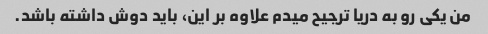
من یکی رو به دریا ترجیح میدم علاوه بر این، باید دوش داشته باشد.